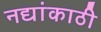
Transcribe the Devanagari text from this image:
नद्यांकाठी